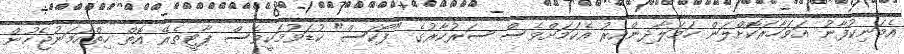
އެމަނިކުފާނު އަވަހާރަކޮށްލަން ހަމަލާދިންއިރު އެކަމަށްވެސް ސަރުކާރުގެ "ފޯކަސް" ކުޑަވުމަކީވެސް ޕާޓީތެރޭ އޮތް ހިތްހަމަނުޖެހުން